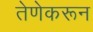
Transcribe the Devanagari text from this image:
तेणेकरून